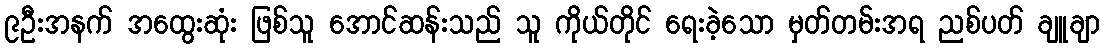
၉ဦးအနက် အထွေးဆုံး ဖြစ်သူ အောင်ဆန်းသည် သူ ကိုယ်တိုင် ရေးခဲ့သော မှတ်တမ်းအရ ညစ်ပတ် ချူချာ